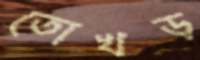
তোখড়